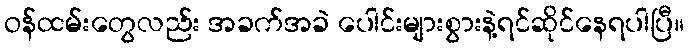
ဝန်ထမ်းတွေလည်း အခက်အခဲ ပေါင်းများစွားနဲ့ရင်ဆိုင်နေရပါပြီ။